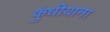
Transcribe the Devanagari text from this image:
कुंधीयाना